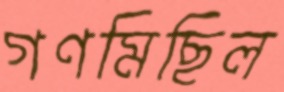
গণমিছিল